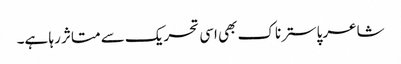
شاعر پاسترناک بھی اسی تحریک سے متاثر رہا ہے۔